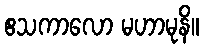
ဧသကာလော မဟာမုနိ။